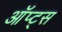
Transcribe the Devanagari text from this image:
ऑप्ट्स